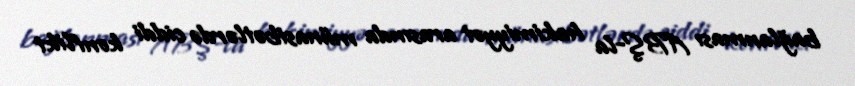
bağlanması ABŞ-la hakimiyyət arasında münasibətlərdə ciddi konflikt